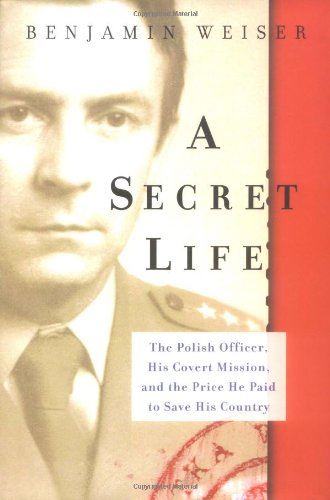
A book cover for A Secret Life: The Polish Colonel, His Covert Mission, And The Price He Paid To Save His Country; Benjamin Weiser; History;